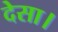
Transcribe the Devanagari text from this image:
देसा।